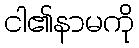
ငါ၏နာမကို